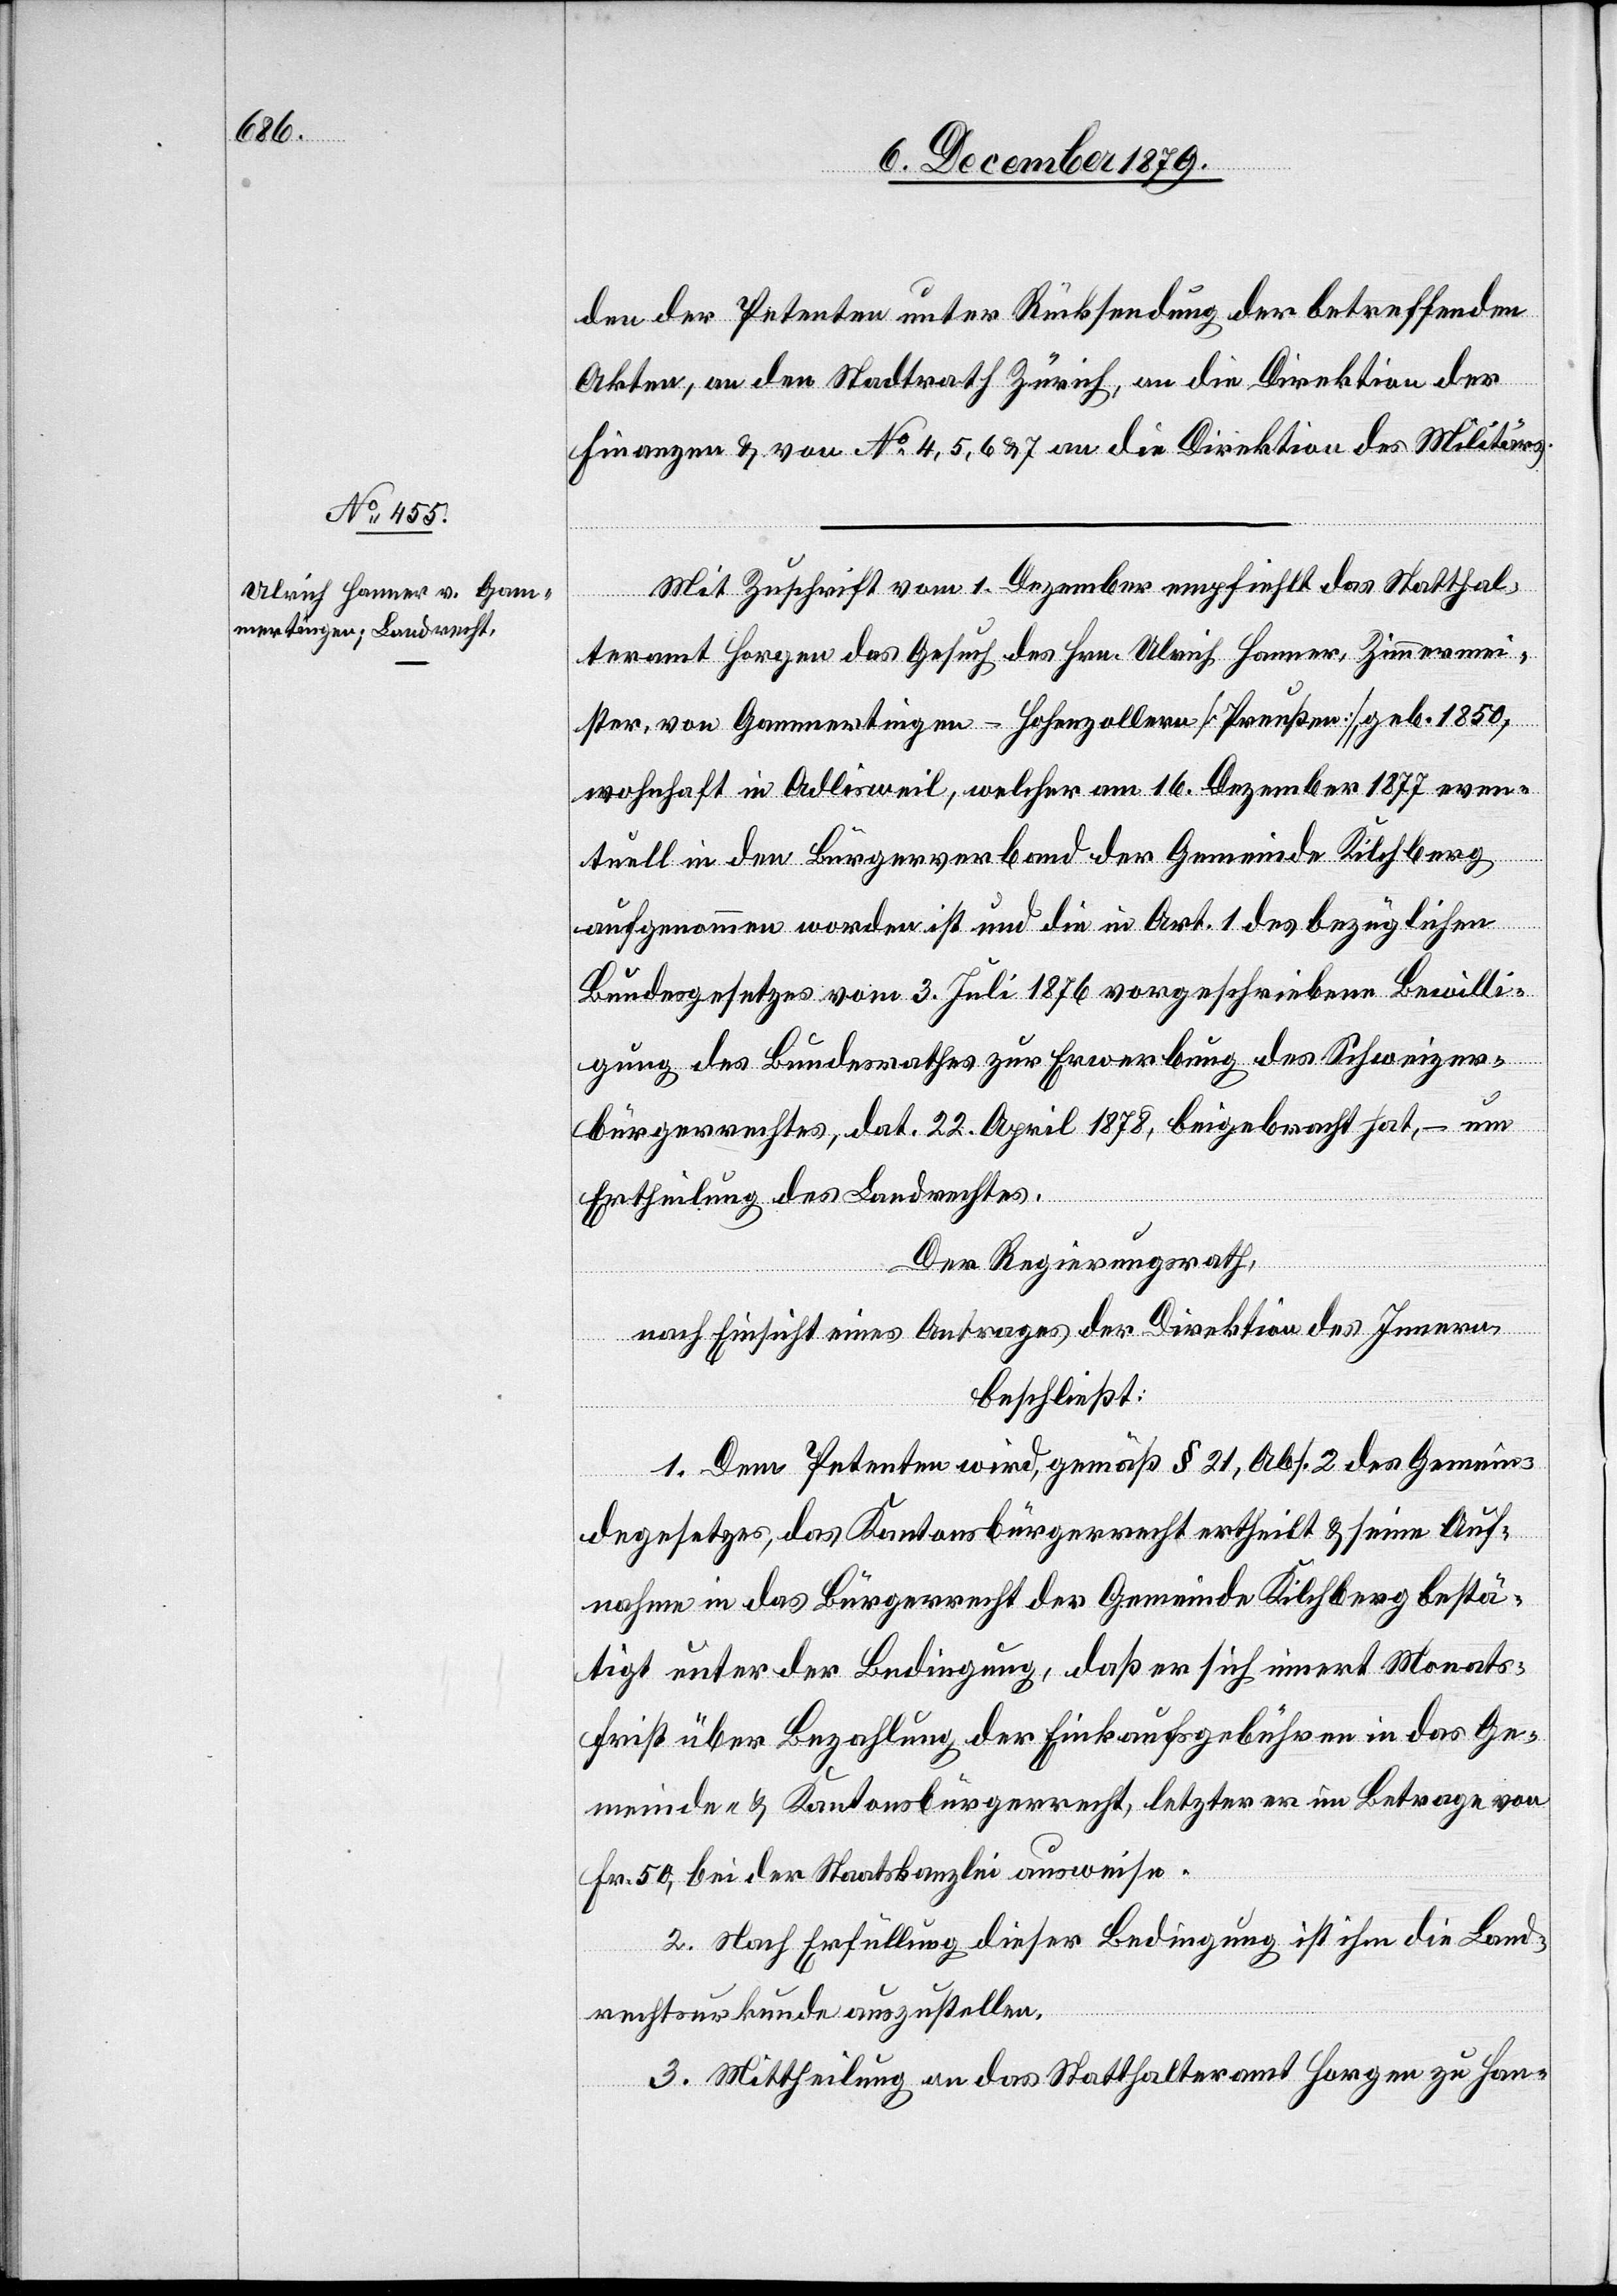
den der Petenten unter Rücksendung der betreffenden
Akten, an den Stadtrath Zürich, an die Direktion der
Finanzen & von No 4, 5, 6 & 7 an die Direktion des Militärs.
Mit Zuschrift vom 1. Dezember empfiehlt das Statthal¬
teramt Horgen das Gesuch des Hrn. Ulrich Hanner, Zimmermei¬
ster, von Gammertingen - Hohenzollern [Preußen], geb. 1850,
wohnhaft in Adlisweil, welcher am 16. Dezember 1877 even¬
tuell in den Bürgerverband der Gemeinde Kilchberg
aufgenommen worden ist und die in Art. 1 des bezüglichen
Bundesgesetzes vom 3. Juli 1876 vorgeschriebene Bewilli¬
gung des Bundesrathes zur Erwerbung des Schweizer¬
bürgerrechtes, dat. 22. April 1878, beigebracht hat, – um
Ertheilung des Landrechtes.
Der Regierungsrath,
nach Einsicht eines Antrages der Direktion des Innern,
beschließt:
1. Dem Petenten wird, gemäß § 21, Abs. 2 des Gemein¬
degesetzes, das Kantonsbürgerrecht ertheilt & seine Auf¬
nahme in das Bürgerrecht der Gemeinde Kilchberg bestä¬
tigt unter der Bedingung, daß er sich innert Monats¬
frist über Bezahlung der Einkaufsgebühren in das Ge¬
meinde- & Kantonsbürgerrecht, letzterer im Betrage von
Fr. 50, bei der Staatskanzlei ausweise.
2. Nach Erfüllung dieser Bedingung ist ihm die Land¬
rechtsurkunde auszustellen.
3. Mittheilung an das Statthalteramt Horgen zu Han-